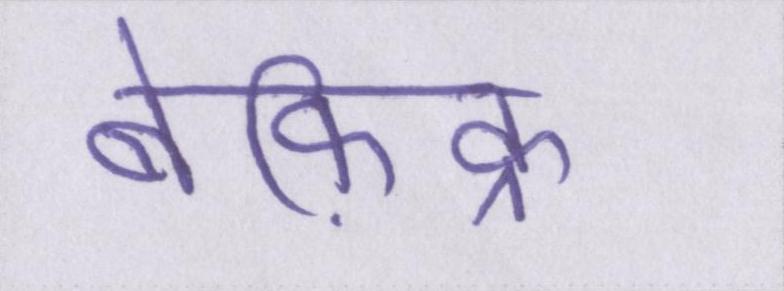
बेफ़िक्र